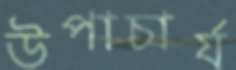
উপাচার্য